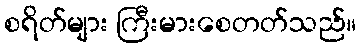
စရိတ်များ ကြီးမားစေတတ်သည်။